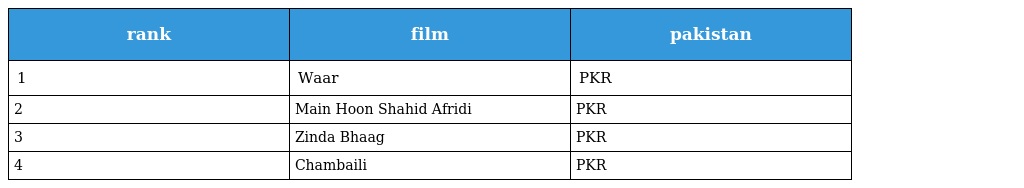
| rank | film | pakistan |
 | --- | --- | --- |
 | 1 | Waar | PKR |
 | 2 | Main Hoon Shahid Afridi | PKR |
 | 3 | Zinda Bhaag | PKR |
 | 4 | Chambaili | PKR |